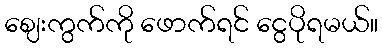
ဈေးကွက်ကို ဖောက်ရင် ငွေပိုရမယ်။